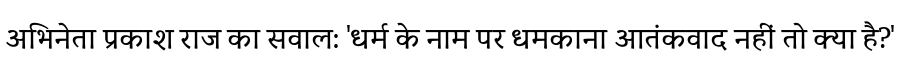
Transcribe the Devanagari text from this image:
अभिनेता प्रकाश राज का सवाल: 'धर्म के नाम पर धमकाना आतंकवाद नहीं तो क्या है?'